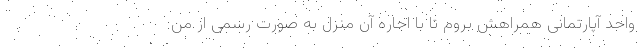
واحد آپارتمانی همراهش بروم تا با اجاره آن منزل به صورت رسمی از من